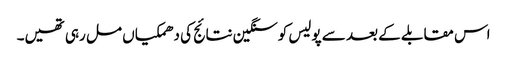
اس مقابلے کے بعد سے پولیس کوسنگین نتائج کی دھمکیاں مل رہی تھیں۔